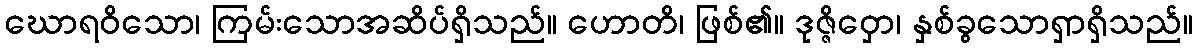
ဃောရဝိသော၊ ကြမ်းသောအဆိပ်ရှိသည်။ ဟောတိ၊ ဖြစ်၏။ ဒုဇ္ဇိဝှော၊ နှစ်ခွသောရှာရှိသည်။